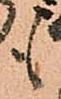
も